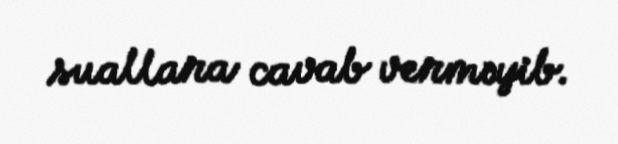
suallara cavab verməyib.